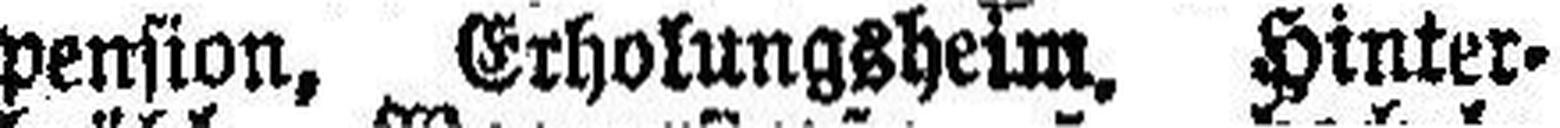
pension, Erholungsheim, Hinter¬